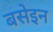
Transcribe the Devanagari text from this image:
बसेइन